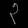
Digit: ၃